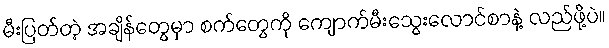
မီးပြတ်တဲ့ အချိန်တွေမှာ စက်တွေကို ကျောက်မီးသွေးလောင်စာနဲ့ လည်ဖို့ပဲ။